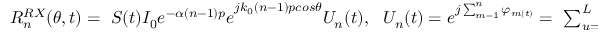
\begin{array} { r } { R _ { n } ^ { R X } ( \theta , t ) = \ S ( t ) { I _ { 0 } e ^ { - \alpha ( n - 1 ) p } e } ^ { j k _ { 0 } ( n - 1 ) p c o s \theta } U _ { n } ( t ) , \ \ { U _ { n } ( t ) = e } ^ { j \sum _ { m = 1 } ^ { n } \varphi _ { m ( t ) } } = \ \sum _ { u = 1 } ^ { L } { \prod _ { m = 1 } ^ { n } e ^ { - j \varphi _ { m } ^ { u } } H _ { u } ( t ) } \ \ ( 6 ) } \end{array}